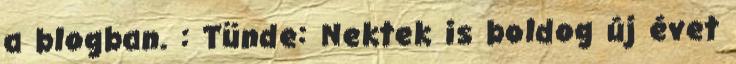
a blogban. : Tünde: Nektek is boldog új évet